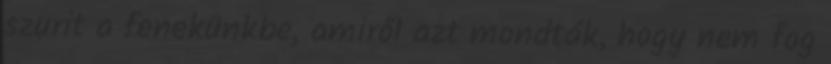
szurit a fenekünkbe, amiről azt mondták, hogy nem fog